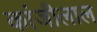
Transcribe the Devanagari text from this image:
कांजीलाल